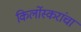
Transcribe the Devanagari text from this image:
किर्लोस्करांचा